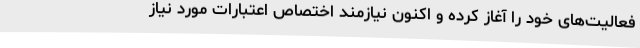
فعالیت‌های خود را آغاز کرده و اکنون نیازمند اختصاص اعتبارات مورد نیاز